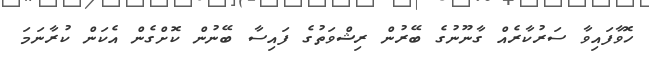
ހޮވާފައިވާ ސަރުކާރެއް ގާނޫނުގެ ބޭރުން ރިޝްވަތުގެ ފައިސާ ބޭނުން ކޮށްގެން އެކަން ކުރާނަމަ